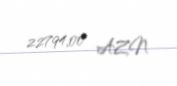
22794,00 AZN